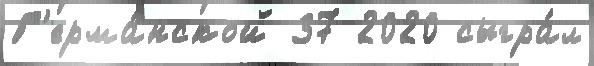
Г'ерма́нской 37 2020 сыгра́л